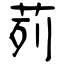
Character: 茢